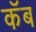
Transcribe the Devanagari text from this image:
कॅब